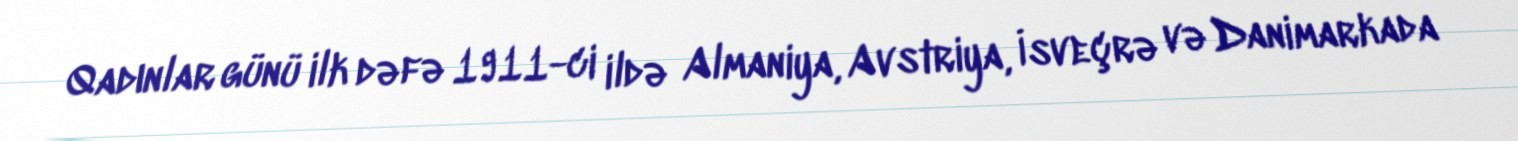
Qadınlar günü ilk dəfə 1911-ci ildə Almaniya, Avstriya, İsveçrə və Danimarkada